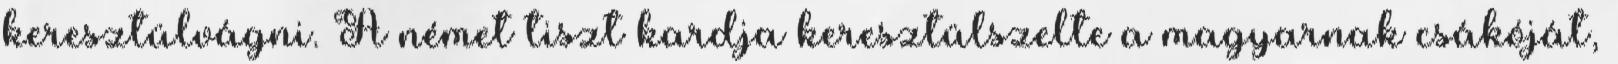
keresztülvágni. A német tiszt kardja keresztülszelte a magyarnak csákóját,